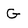
Character: G